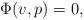
LaTeX: \begin{align*}\Phi(v,p) = 0,\end{align*}